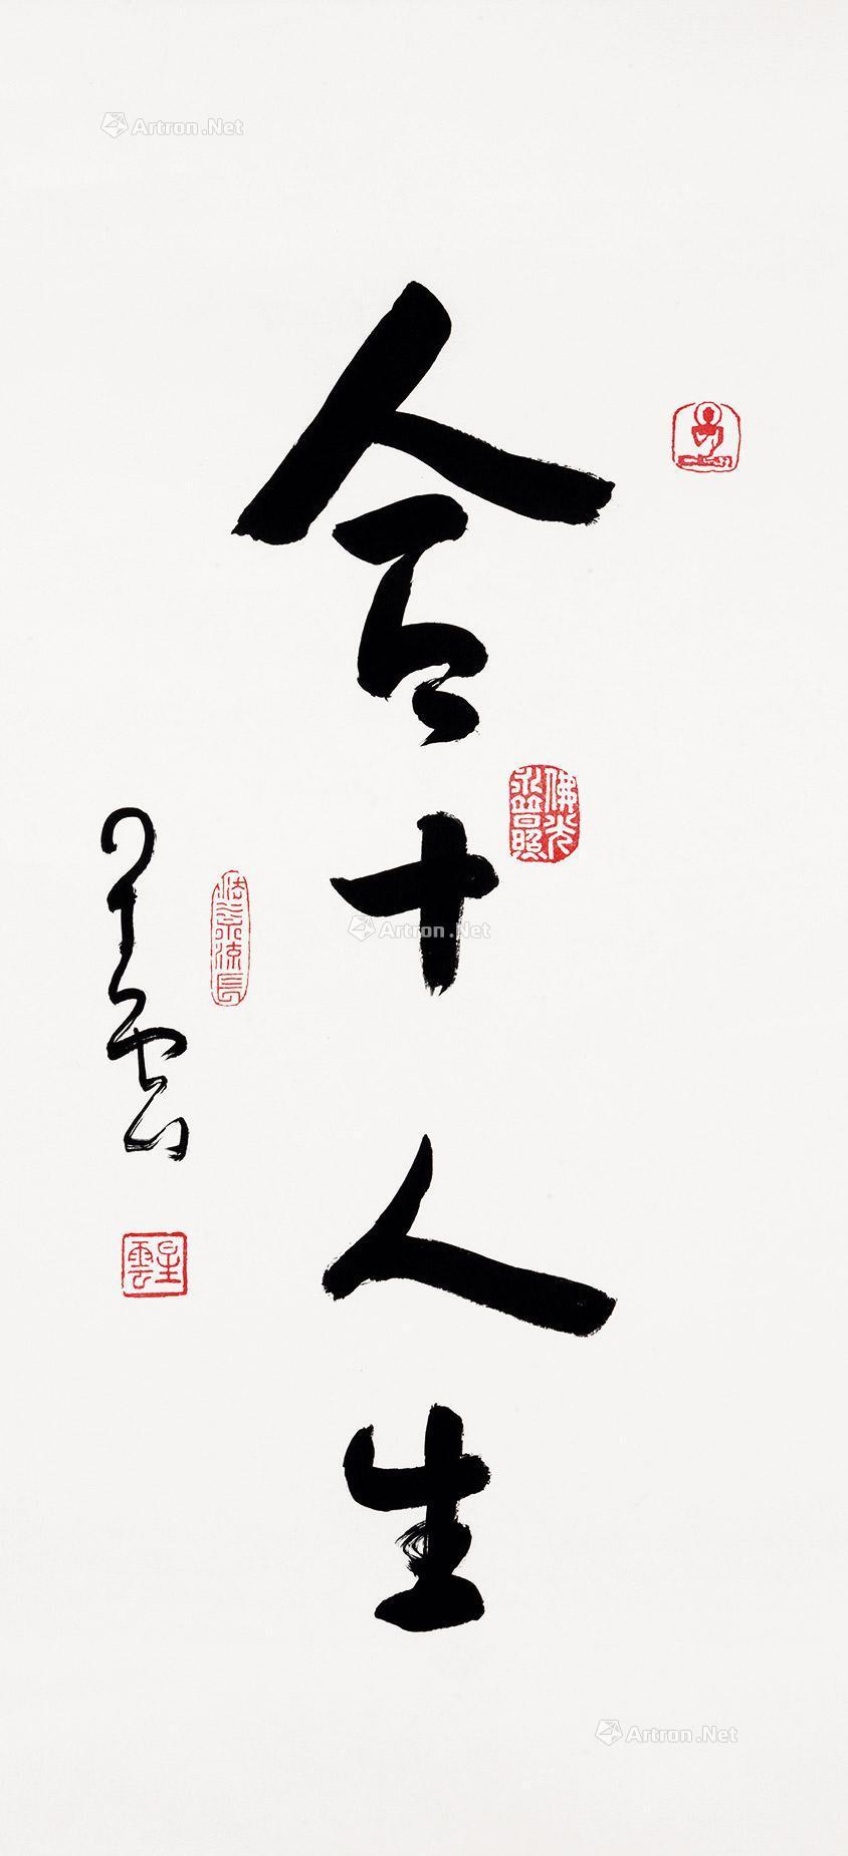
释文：合十人生释星云